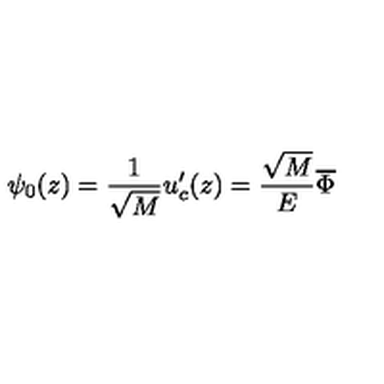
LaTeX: \psi _ { 0 } ( z ) = \frac 1 { \sqrt { M } } u _ { c } ^ { \prime } ( z ) = \frac { \sqrt { M } } E \overline { { \Phi } }